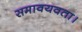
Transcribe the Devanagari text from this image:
समावयवता।